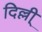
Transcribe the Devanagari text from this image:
दिल्ली्